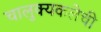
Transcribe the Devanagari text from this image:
चालुक्यकलेची